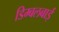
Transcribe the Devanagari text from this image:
डिम्बलबाई